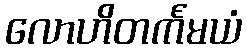
လောဟိတင်္ကမယံ